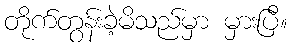
တိုက်တွန်းခဲ့မိသည်မှာ မှားပြီ။